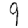
Digit: 9